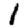
Digit: 1